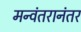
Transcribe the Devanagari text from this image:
मन्वंतरानंतर